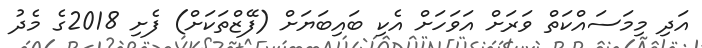
އަދި މިމަސައްކަތް ވަރަށް އަވަހަށް އެކި ބައިބަޔަށް (ފޭޒްތަކަށް) ފެށި 2018ގެ މެދު